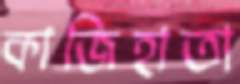
কাজিহাতা